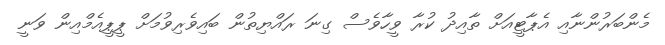
މެންބަރުންނާއި އެޕާޓީއަށް ތާއިދު ކުރާ ވީހާވެސް ގިނަ ރައްޔިތުން ބައިވެރިވުމަށް ޕީޕީއެމްއިން ވަނީ